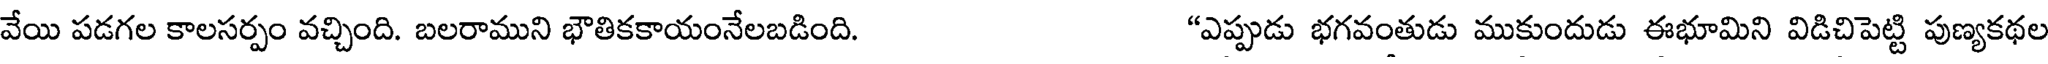
వేయి పడగల కాలసర్పం వచ్చింది. బలరాముని భౌతికకాయంనేలబడింది. "ఎప్పుడు భగవంతుడు ముకుందుడు ఈభూమిని విడిచిపెట్టి పుణ్యకథల